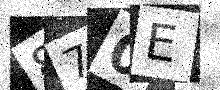
Text: 870E